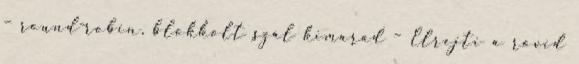
– round-robin, blokkolt szál kimarad – Elrejti a rövid